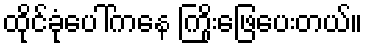
ထိုင်ခုံပေါ်ကနေ ကြိုးဖြေပေးတယ်။